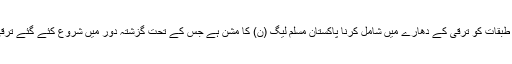
انہوں نے کہا کہعوام کے معیار زندگی میں بہتری لانااور محروم طبقات کو ترقی کے دھارے میں شامل کرنا پاکستان مسلم لیگ (ن) کا مشن ہے جس کے تحت گزشتہ دور میں شروع کئے گئے ترقی کے سفر کو نئے جذبے اور ولولے سے آگے بڑھایا جارہا ہے ۔